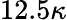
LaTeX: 12.5\kappa